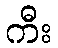
ကီး